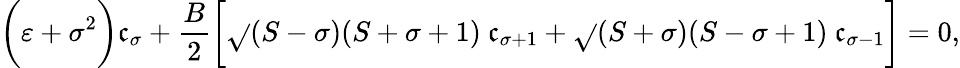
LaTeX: \biggl(\varepsilon+\sigma^{2}\biggr)\mathfrak{c}_{\sigma}+\frac{{B}}{{2}}\biggl[\sqrt{}{{(S-\sigma)(S+\sigma+1)}}~\mathfrak{c}_{\sigma+1}+\sqrt{}{{(S+\sigma)(S-\sigma+1)}}~\mathfrak{c}_{\sigma-1}\biggr]=0,